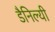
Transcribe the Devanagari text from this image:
डैनिल्यी